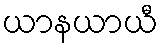
ယာနယာယီ